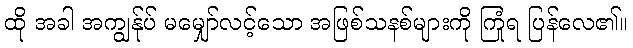
ထို အခါ အကျွန်ုပ် မမျှော်လင့်သော အဖြစ်သနစ်များကို ကြုံရ ပြန်လေ၏။